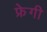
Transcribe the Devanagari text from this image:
फ्रेगी